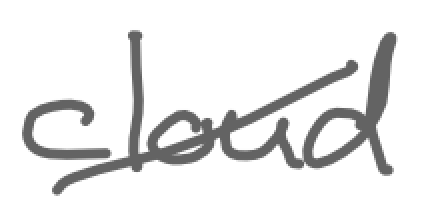
Text: cloud
Cross-out: diagonal
Writing tool: digital_gray